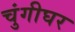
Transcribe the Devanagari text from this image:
चुंगीघर